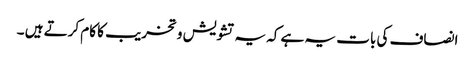
انصاف کی بات یہ ہے کہ یہ تشویش و تخریب کا کام کرتے ہیں ۔